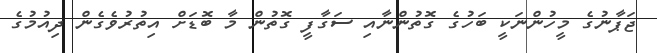
ޖަޕާނުގެ މީހުންނަކީ ބަހުގެ ގޮތުންނާއިި ސަގާފީ ގޮތުން މާ ބޮޑަށް އިތުރުވެގެން ދިއުމުގެ